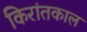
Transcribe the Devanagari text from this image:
किरांतकाल